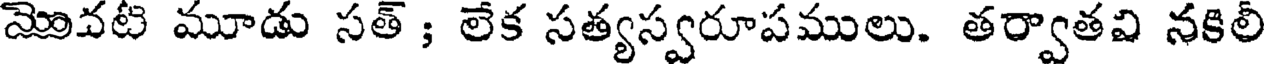
మొవటి మూడు సత్ ; లేక సత్యస్వరూపములు. తర్వాతవి నకిలీ